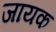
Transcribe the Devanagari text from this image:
जायक